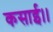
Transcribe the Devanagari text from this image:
कसाई।।